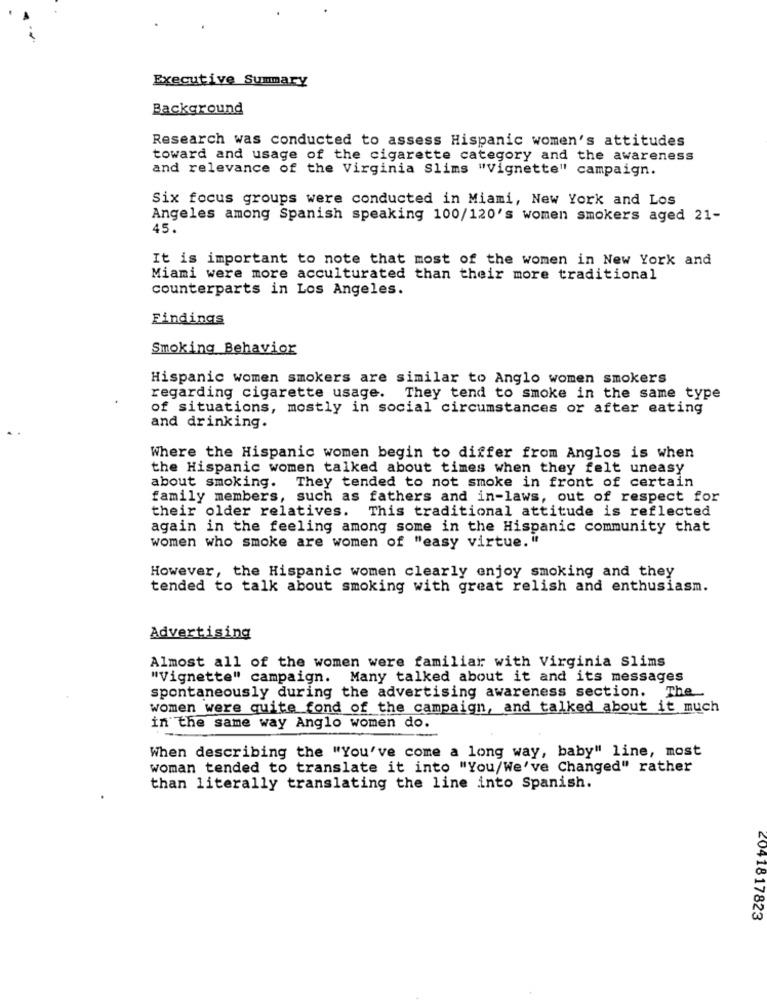
Executive Summary
Background
Research was conducted to assess Hispanic women's attitudes
toward and usage of the cigarette category and the awareness
and relevance of the Virginia Slims "Vignette" campaign.
Six focus groups were conducted in Miami, New York and Los
Angeles among Spanish speaking 100/120's women smokers aged 21-
45.
It is important to note that most of the women in New York and
Miami were more acculturated than their more traditional
counterparts in Los Angeles.
Findings
Smoking Behavior
Hispanic women smokers are similar to Anglo women smokers
regarding cigarette usage. They tend to smoke in the same type
of situations, mostly in social circumstances or after eating
and drinking.
Where the Hispanic women begin to differ from Anglos is when
the Hispanic women talked about times when they felt uneasy
about smoking. They tended to not smoke in front of certain
family members, such as fathers and in-laws, out of respect for
their older relatives. This traditional attitude is reflected
again in the feeling among some in the Hispanic community that
women who smoke are women of "easy virtue. "
However, the Hispanic women clearly enjoy smoking and they
tended to talk about smoking with great relish and enthusiasm.
Advertising
Almost all of the women were familiar with Virginia Slims
"Vignette" campaign. Many talked about it and its messages
spontaneously during the advertising awareness section. The
women were quite fond of the campaign, and talked about it much
in the same way Anglo women do.
When describing the "You've come a long way, baby" line, most
woman tended to translate it into "You/We've Changed" rather
than literally translating the line into Spanish.
2041817823